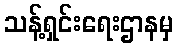
သန့်ရှင်းရေးဌာနမှ